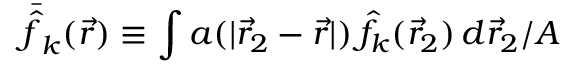
\bar { \hat { f } } _ { k } ( \vec { r } ) \equiv \int a ( | \vec { r } _ { 2 } - \vec { r } | ) \, \hat { f } _ { k } ( \vec { r } _ { 2 } ) \, d \vec { r } _ { 2 } / A